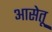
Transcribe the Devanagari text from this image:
आसेतू